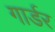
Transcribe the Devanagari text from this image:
गार्डर